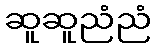
ဆူဆူညံညံ